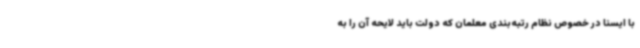
با ایسنا در خصوص نظام رتبه‌بندی معلمان که دولت باید لایحه آن را به